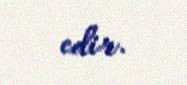
edir.